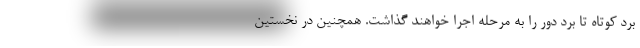
برد کوتاه تا برد دور را به مرحله اجرا خواهند گذاشت. همچنین در نخستین